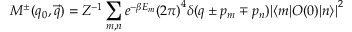
M ^ { \pm } ( q _ { 0 } , \vec { q } ) = Z ^ { - 1 } \sum _ { m , n } e ^ { - \beta E _ { m } } { ( 2 \pi ) } ^ { 4 } \delta ( q \pm p _ { m } \mp p _ { n } ) { | \langle m | O ( 0 ) | n \rangle | } ^ { 2 }